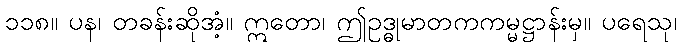
၁၁၈။ ပန၊ တခန်းဆိုအံ့။ ဣတော၊ ဤဥဒ္ဓုမာတကကမ္မဋ္ဌာန်းမှ။ ပရေသု၊